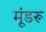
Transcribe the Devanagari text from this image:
मूंडरू